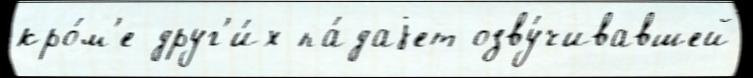
кро́м'е друг'и́х па́даjет озву́чивавшей